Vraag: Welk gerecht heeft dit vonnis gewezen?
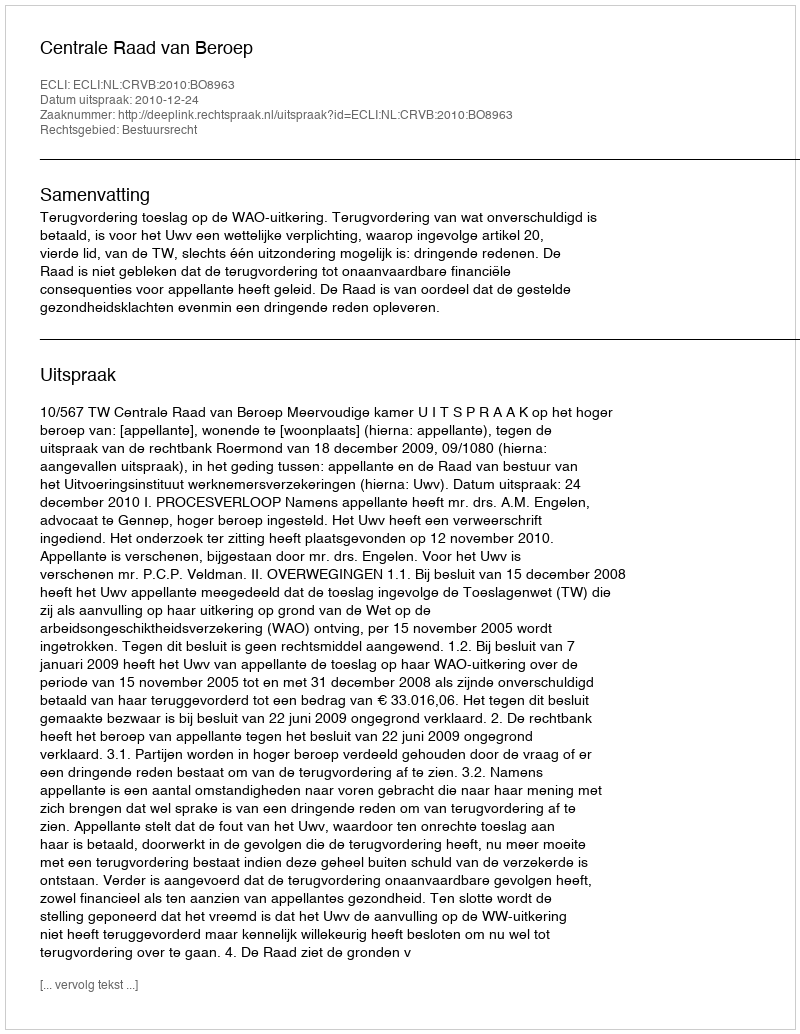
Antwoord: Centrale Raad van Beroep